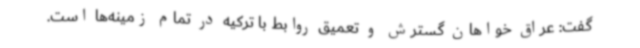
گفت: عراق خواهان گسترش و تعمیق روابط با ترکیه در تمام زمینه‌ها است.